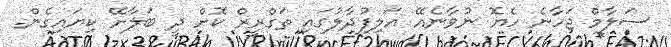
ސަލާމް ޖަހާނެ ހެޔޮ ނުވާނެއޭ އަލިފުދާލުގައި ތަގްރީރް ކޮށް ދީ ބަލާށޭ ކިޔައިގެން.